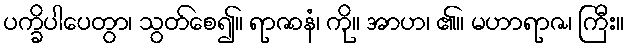
ပက္ခိပါပေတွာ၊ သွတ်စေ၍။ ရာဇာနံ၊ ကို။ အာဟ၊ ၏။ မဟာရာဇ၊ ကြီး။